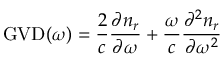
\mathrm { G V D } ( \omega ) = \frac { 2 } { c } \frac { \partial n _ { r } } { \partial \omega } + \frac { \omega } { c } \frac { \partial ^ { 2 } n _ { r } } { \partial \omega ^ { 2 } }